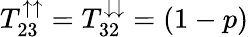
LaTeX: T_{23}^{\uparrow\uparrow}=T_{32}^{\downarrow\downarrow}=(1-p)